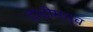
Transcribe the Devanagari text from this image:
डांडीमार्च